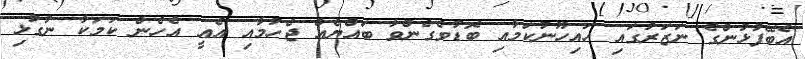
އެބޭފުޅުންގެ ނަޒަރުގައި ހައިހޫނުކަމާއި ބޮޑުވެގެންވާ ބައްޔެއް ޖެހުމާއި އެއީ އެހެން ކަމަކާ ނުގުޅި